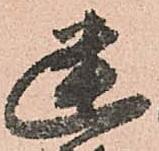
幽